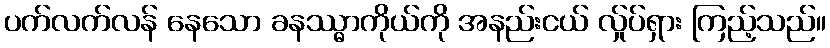
ပက်လက်လန် နေသော ခနဿ္ဓာကိုယ်ကို အနည်းငယ် လ်ှုပ်ရှား ကြည့်သည်။